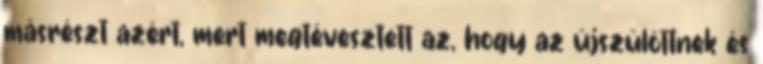
másrészt azért, mert megtévesztett az, hogy az újszülöttnek és